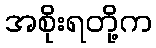
အစိုးရတို့က